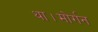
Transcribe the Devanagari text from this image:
था।मोर्गन